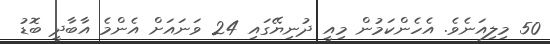
50 މިލިއަނެވެ. އެހެންކަމުން މިއީ ދުނިޔޭގައި 24 ވަނައަށް އެންމެ އާބާދީ ބޮޑު